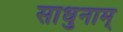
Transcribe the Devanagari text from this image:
साधुनाम्